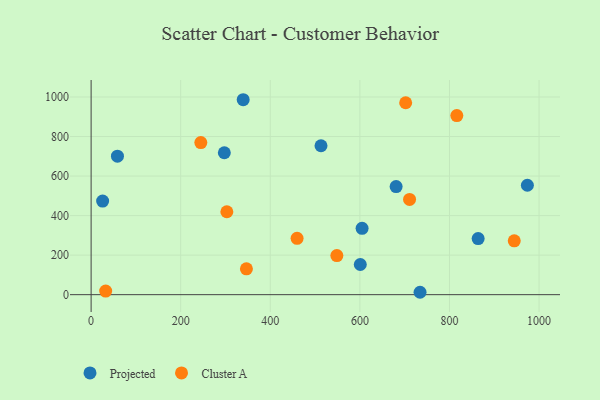
{"axis": {"x": "Investment", "y": "Salary"}, "legend": ["Cluster A", "Projected"], "data": [{"x": "513.2", "y": 753.3, "type": "Projected"}, {"x": "973.9", "y": 553.5, "type": "Projected"}, {"x": "58.8", "y": 700.5, "type": "Projected"}, {"x": "600.9", "y": 152.7, "type": "Projected"}, {"x": "604.9", "y": 335.8, "type": "Projected"}, {"x": "680.9", "y": 546.6, "type": "Projected"}, {"x": "339.5", "y": 986.2, "type": "Projected"}, {"x": "25.7", "y": 473.3, "type": "Projected"}, {"x": "864.0", "y": 283.6, "type": "Projected"}, {"x": "734.3", "y": 12.1, "type": "Projected"}, {"x": "297.4", "y": 717.9, "type": "Projected"}, {"x": "944.6", "y": 272.2, "type": "Cluster A"}, {"x": "710.9", "y": 481.8, "type": "Cluster A"}, {"x": "459.8", "y": 284.8, "type": "Cluster A"}, {"x": "346.7", "y": 130.6, "type": "Cluster A"}, {"x": "702.2", "y": 970.8, "type": "Cluster A"}, {"x": "244.9", "y": 769.2, "type": "Cluster A"}, {"x": "548.6", "y": 197.8, "type": "Cluster A"}, {"x": "816.4", "y": 905.9, "type": "Cluster A"}, {"x": "303.0", "y": 419.4, "type": "Cluster A"}, {"x": "32.5", "y": 18.1, "type": "Cluster A"}]}